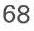
68